Annual administration report of the Bombay Presidency - 1887-1892
Year: 1887
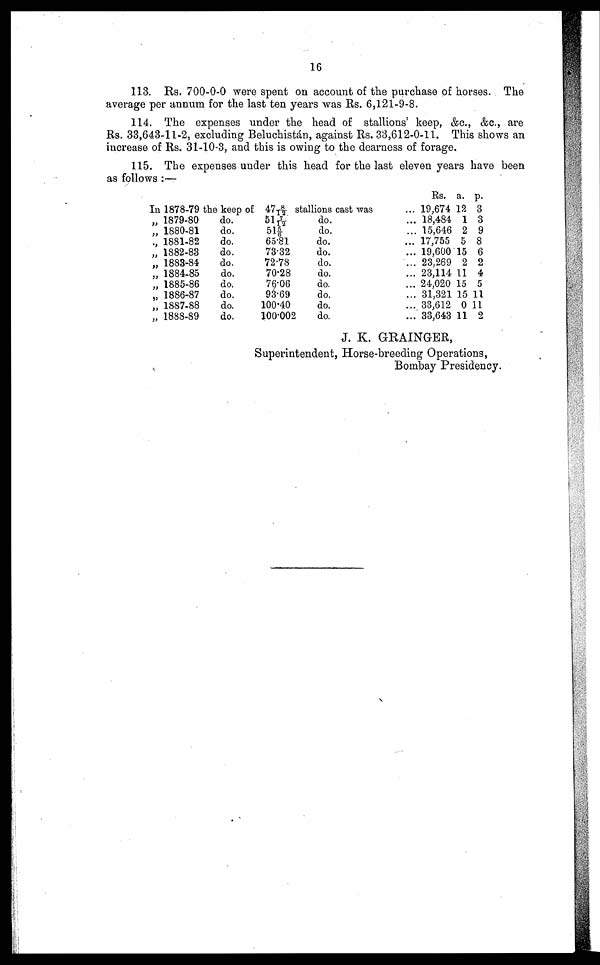
16
113. Rs. 700-0-0 were spent on account of the purchase of horses. The
average per annum for the last ten years was Rs. 6,121-9-8.
114. The expenses under the head of stallions' keep, &c., &c., are
Rs. 33,643-11-2, excluding Beluchistán, against Rs. 33,612-0-11. This shows an
increase of Rs. 31-10-3, and this is owing to the dearness of forage.
115. The expenses under this head for the last eleven years have been
as follows :—
In 1878-79 the keep of 47 8/12 stallions cast was
„ 1879-80
„ 1880-81
„ 1881-82
„ 1882-83
„ 1883-84
„ 1884-85
„ 1885-86
„ 1886-87
„ 1887-88
„ 1888-89
do.
do.
do.
do.
do.
do.
do.
do.
do.
do.
51 7/12
51 5/6
65.81
73.32
72.78
70.28
76.06
93.69
100.40
100.002
do.
do.
do.
do.
do.
do.
do.
do.
do.
do.
Rs.
... 19,674
... 18,484
... 15,646
... 17,755
... 19,600
... 23,269
... 23,114
... 24,020
... 31,321
... 33,612
... 33,643
a.
12
1
2
5
15
2
11
15
15
0
11
p.
3
3
9
8
6
2
4
5
11
11
2
J. K. GRAINGER,
Superintendent, Horse-breeding Operations,
Bombay Presidency.